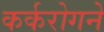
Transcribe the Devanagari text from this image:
कर्करोगने